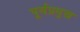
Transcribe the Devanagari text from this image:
पूर्वप्रमुख